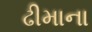
ઢીમાના